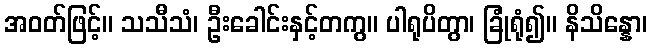
အဝတ်ဖြင့်။ သသီသံ၊ ဦးခေါင်းနှင့်တကွ။ ပါရုပိတွာ၊ ခြုံရုံ၍။ နိသိန္နော၊